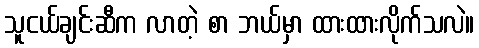
သူငယ်ချင်းဆီက လာတဲ့ စာ ဘယ်မှာ ထားထားလိုက်သလဲ။